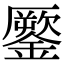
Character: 𨬐